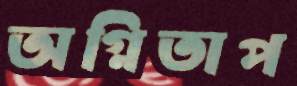
অগ্নিতাপ